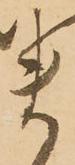
ま